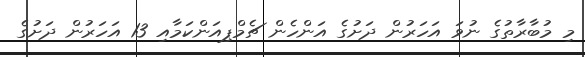
މި މުބާރާތުގެ ނުވަ އަހަރުން ދަށުގެ އަންހެން ޗެމްޕިއަންކަމާއި 13 އަހަރުން ދަށުގެ